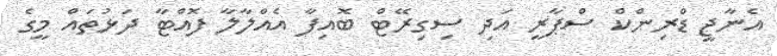
އެނާޖީ ޑްރިންކް ސްޕާރީ އަދި ސިގިރޭޓް ބޮއިފާ އެއްލާލާ ފޮއްޓާ ދަޅުތައް މީގެ